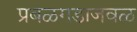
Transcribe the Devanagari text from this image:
प्रबळगडाजवळ